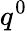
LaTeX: q^{0}